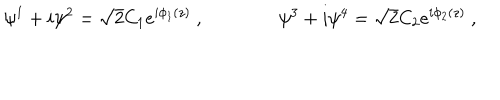
LaTeX: \psi ^ { 1 } + i \psi ^ { 2 } = \sqrt 2 C _ { 1 } e ^ { i \phi _ { 1 } ( z ) } \ , \qquad \qquad \psi ^ { 3 } + i \psi ^ { 4 } = \sqrt 2 C _ { 2 } e ^ { i \phi _ { 2 } ( z ) } \ , \nonumber